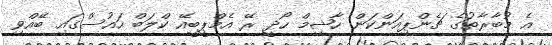
އެ މުބާރާތުގެ ޗެންޕިއަންކަން ހާޝިމް ހޯދީ ރޭ އެމްޕީބީއޭ ކްލަބް ހައުސްގައި ބޭއްވި